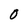
Character: 0